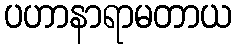
ပဟာနာရာမတာယ